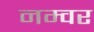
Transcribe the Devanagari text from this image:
नम्वर